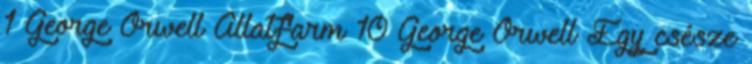
1 George Orwell Állatfarm 10 George Orwell Egy csésze